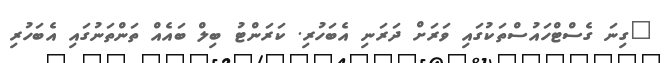
"ގިނަ ގެސްޓްހައުސްތަކުގައި ވަރަށް ދަރަނި އެބަހުރި. ކަރަންޓު ބިލް ބައެއް ތަންތަނުގައި އެބަހުރި